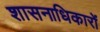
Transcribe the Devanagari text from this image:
शासनाधिकारों